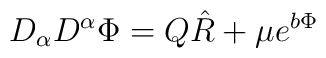
D_\alpha D^\alpha\Phi = Q\hat R +\mu e^{b\Phi}